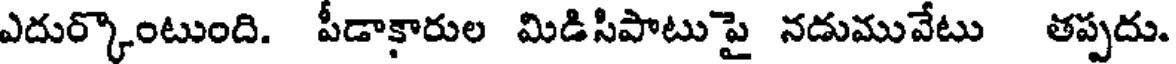
ఎదుర్కొంటుంది. పీడాకారుల మిడిసిపాటుపై నడుమువేటు తప్పదు.